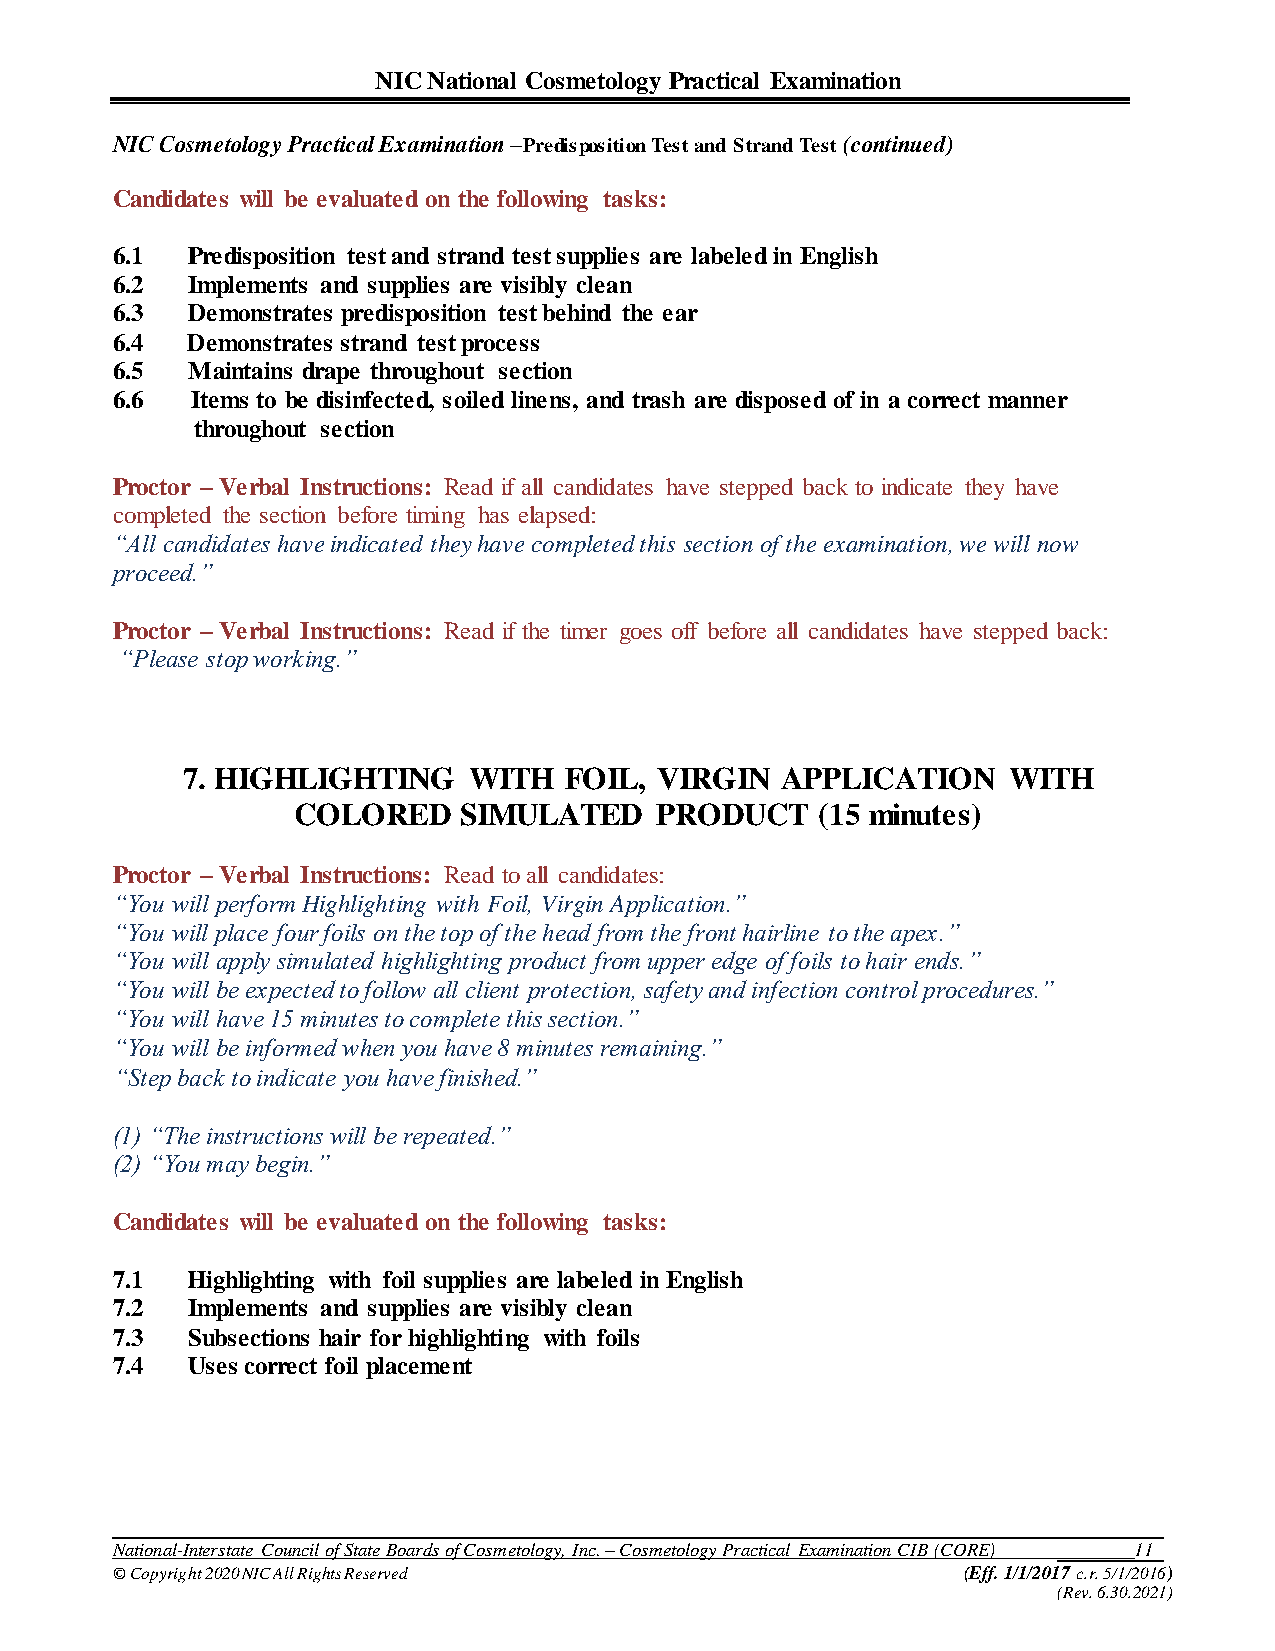
NIC National Cosmetology Practical Examination
 NIC Cosmetology Practical Examination –Predisposition Test and Strand Test (continued)
 Candidates will be evaluated on the following tasks:
 6.1  Predisposition test and strand test supplies are labeled in English
 6.2  Implements and supplies are visibly clean
 6.3  Demonstrates predisposition test behind the ear
 6.4  Demonstrates strand test process
 6.5  Maintains drape throughout section
 6.6   Items to be disinfected, soiled linens, and trash are disposed of in a correct manner
 throughout section
 Proctor – Verbal Instructions: Read if all candidates have stepped back to indicate they have
 completed the section before timing has elapsed:
 “All candidates have indicated they have completed this section of the examination, we will now
 proceed.”
 Proctor – Verbal Instructions: Read if the timer goes off before all candidates have stepped back:
 “Please stop working.”
 7. HIGHLIGHTING    WITH  FOIL,  VIRGIN  APPLICATION    WITH
 COLORED    SIMULATED    PRODUCT    (15 minutes)
 Proctor – Verbal Instructions: Read to all candidates:
 “You will perform Highlighting with Foil, Virgin Application.”
 “You will place four foils on the top of the head from the front hairline to the apex.”
 “You will apply simulated highlighting product from upper edge of foils to hair ends.”
 “You will be expected to follow all client protection, safety and infection control procedures.”
 “You will have 15 minutes to complete this section.”
 “You will be informed when you have 8 minutes remaining.”
 “Step back to indicate you have finished.”
 (1) “The instructions will be repeated.”
 (2) “You may begin.”
 Candidates will be evaluated on the following tasks:
 7.1  Highlighting with foil supplies are labeled in English
 7.2  Implements and supplies are visibly clean
 7.3  Subsections hair for highlighting with foils
 7.4  Uses correct foil placement
 National-Interstate Council of State Boards of Cosmetology, Inc. – Cosmetology Practical Examination CIB (CORE) 11
 © Copyright 2020 NIC All Rights Reserved                 (Eff. 1/1/2017 c.r. 5/1/2016)
 (Rev. 6.30.2021)